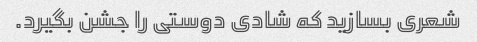
شعری بسازید که شادی دوستی را جشن بگیرد.